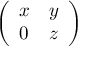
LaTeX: \left( \begin{array} { l l } { x } & { y } \\ { 0 } & { z } \end{array} \right)